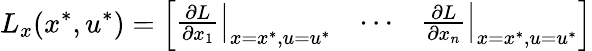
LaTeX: L_{x}(x^{*},u^{*})={\left[\begin{array}{lll}{\left.{\frac{\partial L}{\partial x_{1}}}\right|_{x=x^{*},u=u^{*}}}&{\cdots}&{\left.{\frac{\partial L}{\partial x_{n}}}\right|_{x=x^{*},u=u^{*}}}\end{array}\right]}